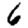
Digit: 6